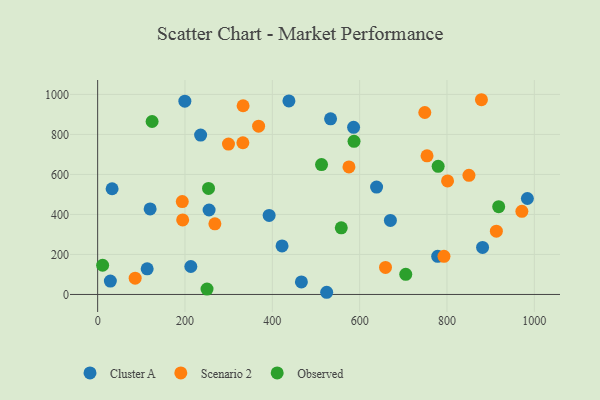
{"axis": {"x": "Distance", "y": "Demand"}, "legend": ["Cluster A", "Observed", "Scenario 2"], "data": [{"x": "199.7", "y": 966.1, "type": "Cluster A"}, {"x": "524.5", "y": 10.9, "type": "Cluster A"}, {"x": "466.6", "y": 62.7, "type": "Cluster A"}, {"x": "29.1", "y": 66.7, "type": "Cluster A"}, {"x": "533.4", "y": 877.9, "type": "Cluster A"}, {"x": "881.5", "y": 235.3, "type": "Cluster A"}, {"x": "235.8", "y": 796.6, "type": "Cluster A"}, {"x": "422.3", "y": 242.6, "type": "Cluster A"}, {"x": "120.2", "y": 427.4, "type": "Cluster A"}, {"x": "586.1", "y": 835.6, "type": "Cluster A"}, {"x": "113.4", "y": 127.9, "type": "Cluster A"}, {"x": "984.1", "y": 479.8, "type": "Cluster A"}, {"x": "255.2", "y": 422.1, "type": "Cluster A"}, {"x": "778.7", "y": 190.7, "type": "Cluster A"}, {"x": "670.4", "y": 370.3, "type": "Cluster A"}, {"x": "392.7", "y": 395.3, "type": "Cluster A"}, {"x": "33.1", "y": 528.4, "type": "Cluster A"}, {"x": "438.0", "y": 967.7, "type": "Cluster A"}, {"x": "213.4", "y": 139.7, "type": "Cluster A"}, {"x": "638.8", "y": 536.6, "type": "Cluster A"}, {"x": "85.9", "y": 81.2, "type": "Scenario 2"}, {"x": "749.2", "y": 909.7, "type": "Scenario 2"}, {"x": "801.3", "y": 567.7, "type": "Scenario 2"}, {"x": "850.3", "y": 595.7, "type": "Scenario 2"}, {"x": "194.7", "y": 372.5, "type": "Scenario 2"}, {"x": "754.3", "y": 693.0, "type": "Scenario 2"}, {"x": "793.1", "y": 190.8, "type": "Scenario 2"}, {"x": "368.6", "y": 841.1, "type": "Scenario 2"}, {"x": "193.8", "y": 464.2, "type": "Scenario 2"}, {"x": "913.1", "y": 316.6, "type": "Scenario 2"}, {"x": "268.5", "y": 352.9, "type": "Scenario 2"}, {"x": "333.1", "y": 943.5, "type": "Scenario 2"}, {"x": "878.9", "y": 973.5, "type": "Scenario 2"}, {"x": "299.6", "y": 751.6, "type": "Scenario 2"}, {"x": "659.2", "y": 135.3, "type": "Scenario 2"}, {"x": "575.5", "y": 637.8, "type": "Scenario 2"}, {"x": "971.5", "y": 415.8, "type": "Scenario 2"}, {"x": "332.6", "y": 758.3, "type": "Scenario 2"}, {"x": "253.9", "y": 530.3, "type": "Observed"}, {"x": "557.9", "y": 333.3, "type": "Observed"}, {"x": "587.1", "y": 765.4, "type": "Observed"}, {"x": "705.6", "y": 100.5, "type": "Observed"}, {"x": "918.4", "y": 438.6, "type": "Observed"}, {"x": "779.8", "y": 640.5, "type": "Observed"}, {"x": "11.4", "y": 146.0, "type": "Observed"}, {"x": "512.7", "y": 649.5, "type": "Observed"}, {"x": "124.7", "y": 864.7, "type": "Observed"}, {"x": "250.5", "y": 26.9, "type": "Observed"}]}